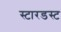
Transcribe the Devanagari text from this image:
स्‍टारडस्‍ट